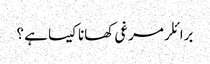
برائلر مرغی کھانا کیسا ہے ؟